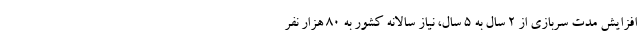
افزایش مدت سربازی از ۲ سال به ۵ سال، نیاز سالانه کشور به ۸۰ هزار نفر